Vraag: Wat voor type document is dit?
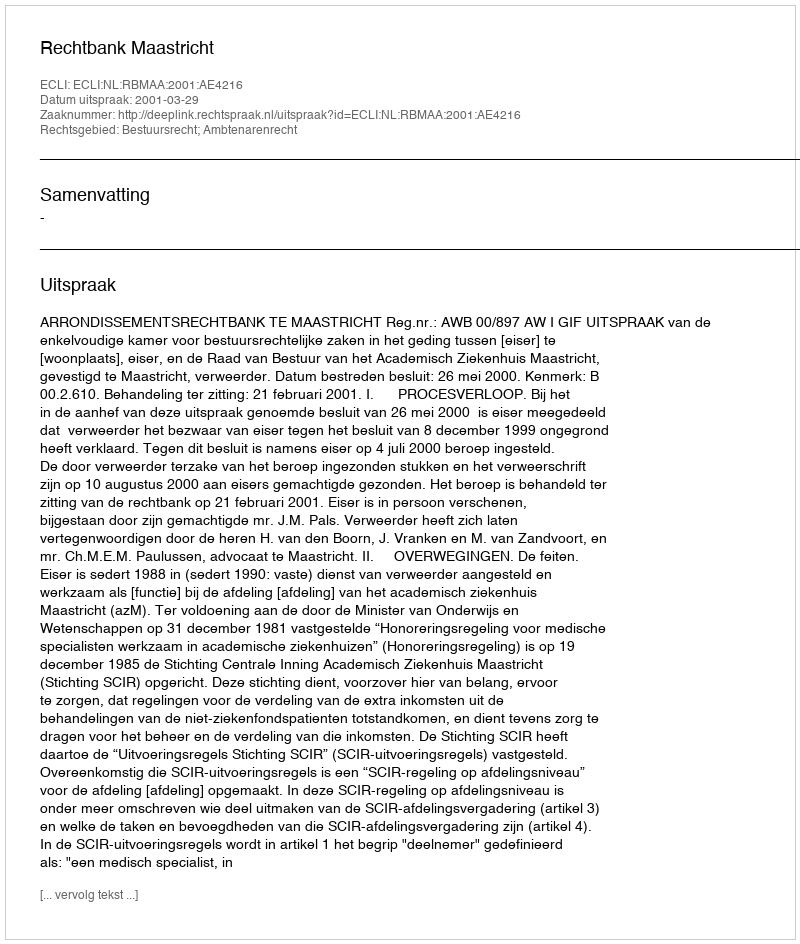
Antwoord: Uitspraak